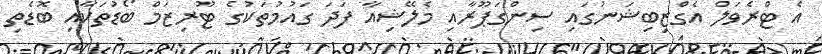
އެ ޓްރެވަލް އެގްޒިބިޝަނުގައި ސިންގަޕޫރާއި މެލޭޝިއާ ފަދަ ގައުމުތަކުގެ ޓޫރިޒަމް ބޯޑުތަކާއި ބޮޑެތި